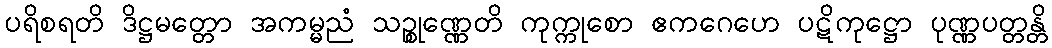
ပရိစရတိ ဒိဋ္ဌမတ္တော အကမ္မညံ သဉ္စုဏ္ဏေတိ ကုက္ကုစော ဧကဂေဟေ ပဋိကုဋ္ဌော ပုဏ္ဏပတ္တန္တိ